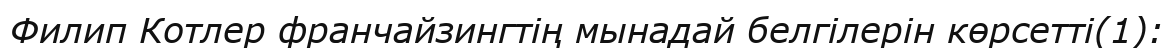
Филип Котлер франчайзингтің мынадай белгілерін көрсетті(1):